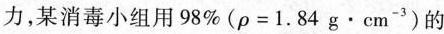
力，某消毒小组用98%($$\rho = 1 . 8 4 g · c m ^ { -3 }$$ )的